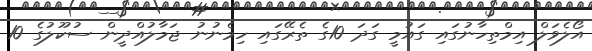
އޯލެވަލް އިމްތިހާނުގައި ގައުމީ ގަދަ 10ގެ ތެރޭގައި ހިމެނުނު ޖަމާލުއްދީން ސުކޫލުގެ 10